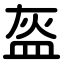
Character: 盔